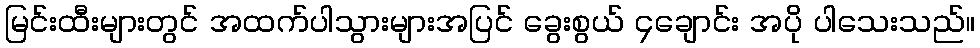
မြင်းထီးများတွင် အထက်ပါသွားများအပြင် ခွေးစွယ် ၄ချောင်း အပို ပါသေးသည်။